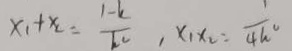
x _ { 1 } + x _ { 2 } = \frac { 1 - k } { k _ { 2 } } , x _ { 1 } x _ { 2 } = \frac { 1 } { 4 k ^ { 2 } }